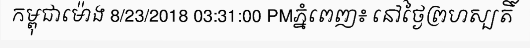
កម្ពុជាម៉ោង 8/23/2018 03:31:00 PMភ្នំពេញ៖ នៅថ្ងៃព្រហស្បតិ៍